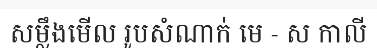
សម្លឹងមើល រូបសំណាក់ មេ - ស កាលី